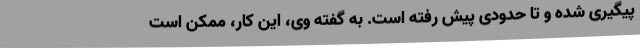
پیگیری شده و تا حدودی پیش رفته است. به گفته وی، این کار، ممکن است